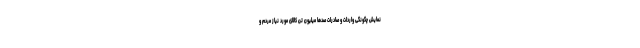
نمایش چگونگی واردات و صادرات صدها میلیون تن کالای مورد نیاز مردم و